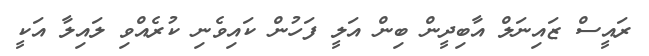
ރައީސް ޒައިނަލް އާބިދީން ބިން އަލީ ފަހުން ކައިވެނި ކުރެއްވި ލައިލާ އަކީ